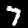
Label: 7